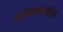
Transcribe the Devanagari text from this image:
खडकांमधील